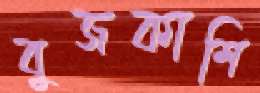
বুজকাশি